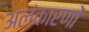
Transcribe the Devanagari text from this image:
अलंकारणों